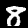
Label: 8